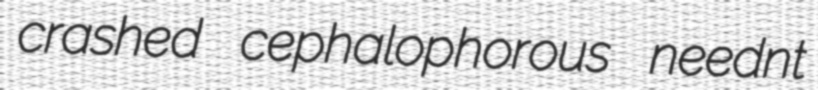
crashed cephalophorous neednt